Scottish Leaving Certificate Examination, 1955
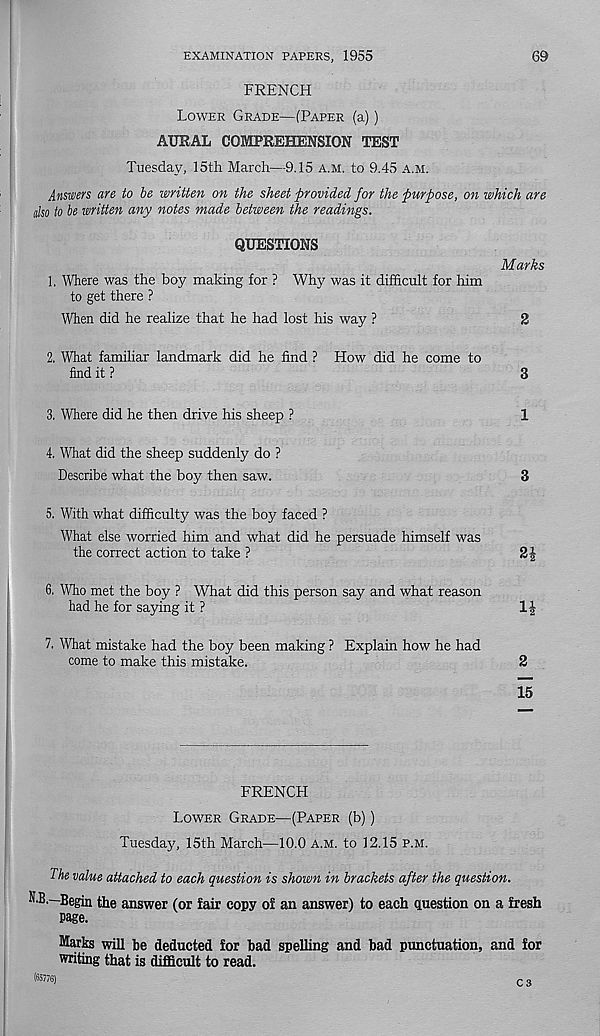
EXAMINATION PAPERS, 1955
69
FRENCH
Lower Grade—(Paper (a))
AURAL COMPREHENSION TEST
Tuesday, 15th March—9.15 a.m. to 9.45 a.m.
Answers are to be written on the sheet provided for the purpose, on which are
also to be written any notes made between the readings.
QUESTIONS
Marks
1. Where was the boy making for ? Why was it difficult for him
to get there ?
When did he realize that he had lost his way ?
2
2. What familiar landmark did he find ? How did he come to
find it ?
3
3. Where did he then drive his sheep ?
1
4. What did the sheep suddenly do ?
Describe what the boy then saw.
3
5. With what difficulty was the boy faced ?
What else worried him and what did he persuade himself was
the correct action to take ?
2f
6. Who met the boy ? What did this person say and what reason
had he for saying it ?
If
7. What mistake had the boy been making ? Explain how he had
come to make this mistake.
2
15
FRENCH
I-ower Grade—(Paper (b))
Tuesday, 15th March—10.0 a.m. to 12.15 p.m.
The value attached to each question is shown in brackets after the question.
^E —Begin the answer (or fair copy of an answer) to each question on a fresh
page.
Marks will be deducted for bad spelling and bad punctuation, and for
writing that is difficult to read.
(65776)
C 3